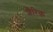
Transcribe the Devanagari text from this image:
शैरिक